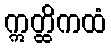
ဣတ္ထိကထံ